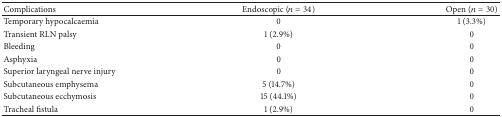
<table><thead><tr><td><b>Complications</b></td><td><b>Endoscopic (<i>n</i> = 34)</b></td><td><b>Open (<i>n</i> = 30)</b></td></tr></thead><tbody><tr><td>Temporary hypocalcaemia</td><td>0</td><td>1 (3.3%)</td></tr><tr><td>Transient RLN palsy</td><td>1 (2.9%)</td><td>0</td></tr><tr><td>Bleeding</td><td>0</td><td>0</td></tr><tr><td>Asphyxia</td><td>0</td><td>0</td></tr><tr><td>Superior laryngeal nerve injury</td><td>0</td><td>0</td></tr><tr><td>Subcutaneous emphysema</td><td>5 (14.7%)</td><td>0</td></tr><tr><td>Subcutaneous ecchymosis</td><td>15 (44.1%)</td><td>0</td></tr><tr><td>Tracheal fistula</td><td>1 (2.9%)</td><td>0</td></tr></tbody></table>